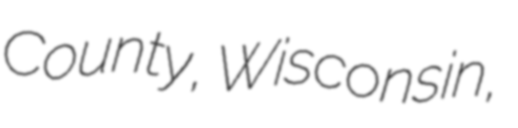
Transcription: County, Wisconsin,